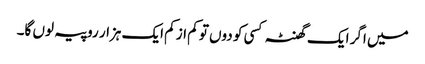
میں اگر ایک گھنٹہ کسی کو دوں تو کم از کم ایک ہزار روپیہ لوں گا۔